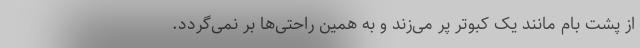
از پشت بام مانند یک کبوتر پر می‌زند و به همین راحتی‌ها بر نمی‌گردد.